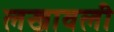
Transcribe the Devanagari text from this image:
लखावली